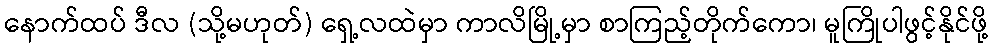
နောက်ထပ် ဒီလ (သို့မဟုတ်) ရှေ့လထဲမှာ ကာလိမြို့မှာ စာကြည့်တိုက်ကော၊ မူကြိုပါဖွင့်နိုင်ဖို့